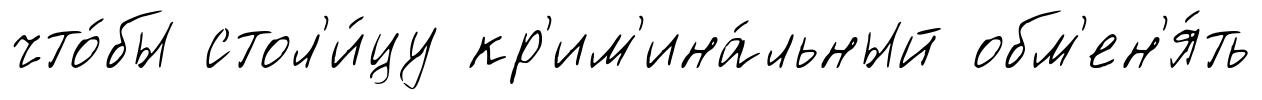
что́бы стол'и́цу кр'им'ина́льный обм'ен'я́ть